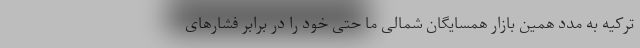
ترکیه به مدد همین بازار همسایگان شمالی ما حتی خود را در برابر فشارهای